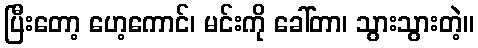
ပြီးတော့ ဟေ့ကောင်၊ မင်းကို ခေါ်တာ၊ သွားသွားတဲ့။